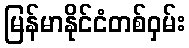
မြန်မာနိုင်ငံတစ်ဝှမ်း